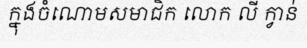
ក្នុងចំណោមសមាជិក លោក លី ក្វាន់